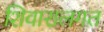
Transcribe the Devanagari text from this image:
शिवारालगत